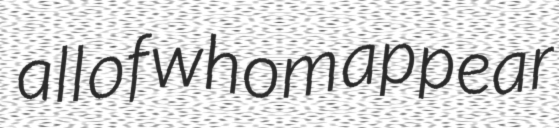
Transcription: all of whom appear